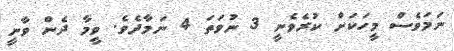
ނަމަވެސް މީހަކަށް ކުރެވެނީ 3 ނުވަތަ 4 ނަމާދެވެ. ވީމާ ދެން ވާނީ